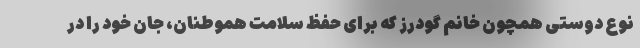
نوع دوستی همچون خانم گودرز که برای حفظ سلامت هموطنان، جان خود را در